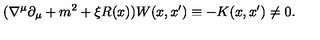
( \nabla ^ { \mu } \partial _ { \mu } + m ^ { 2 } + \xi R ( x ) ) W ( x , x ^ { \prime } ) \equiv - K ( x , x ^ { \prime } ) \neq 0 .